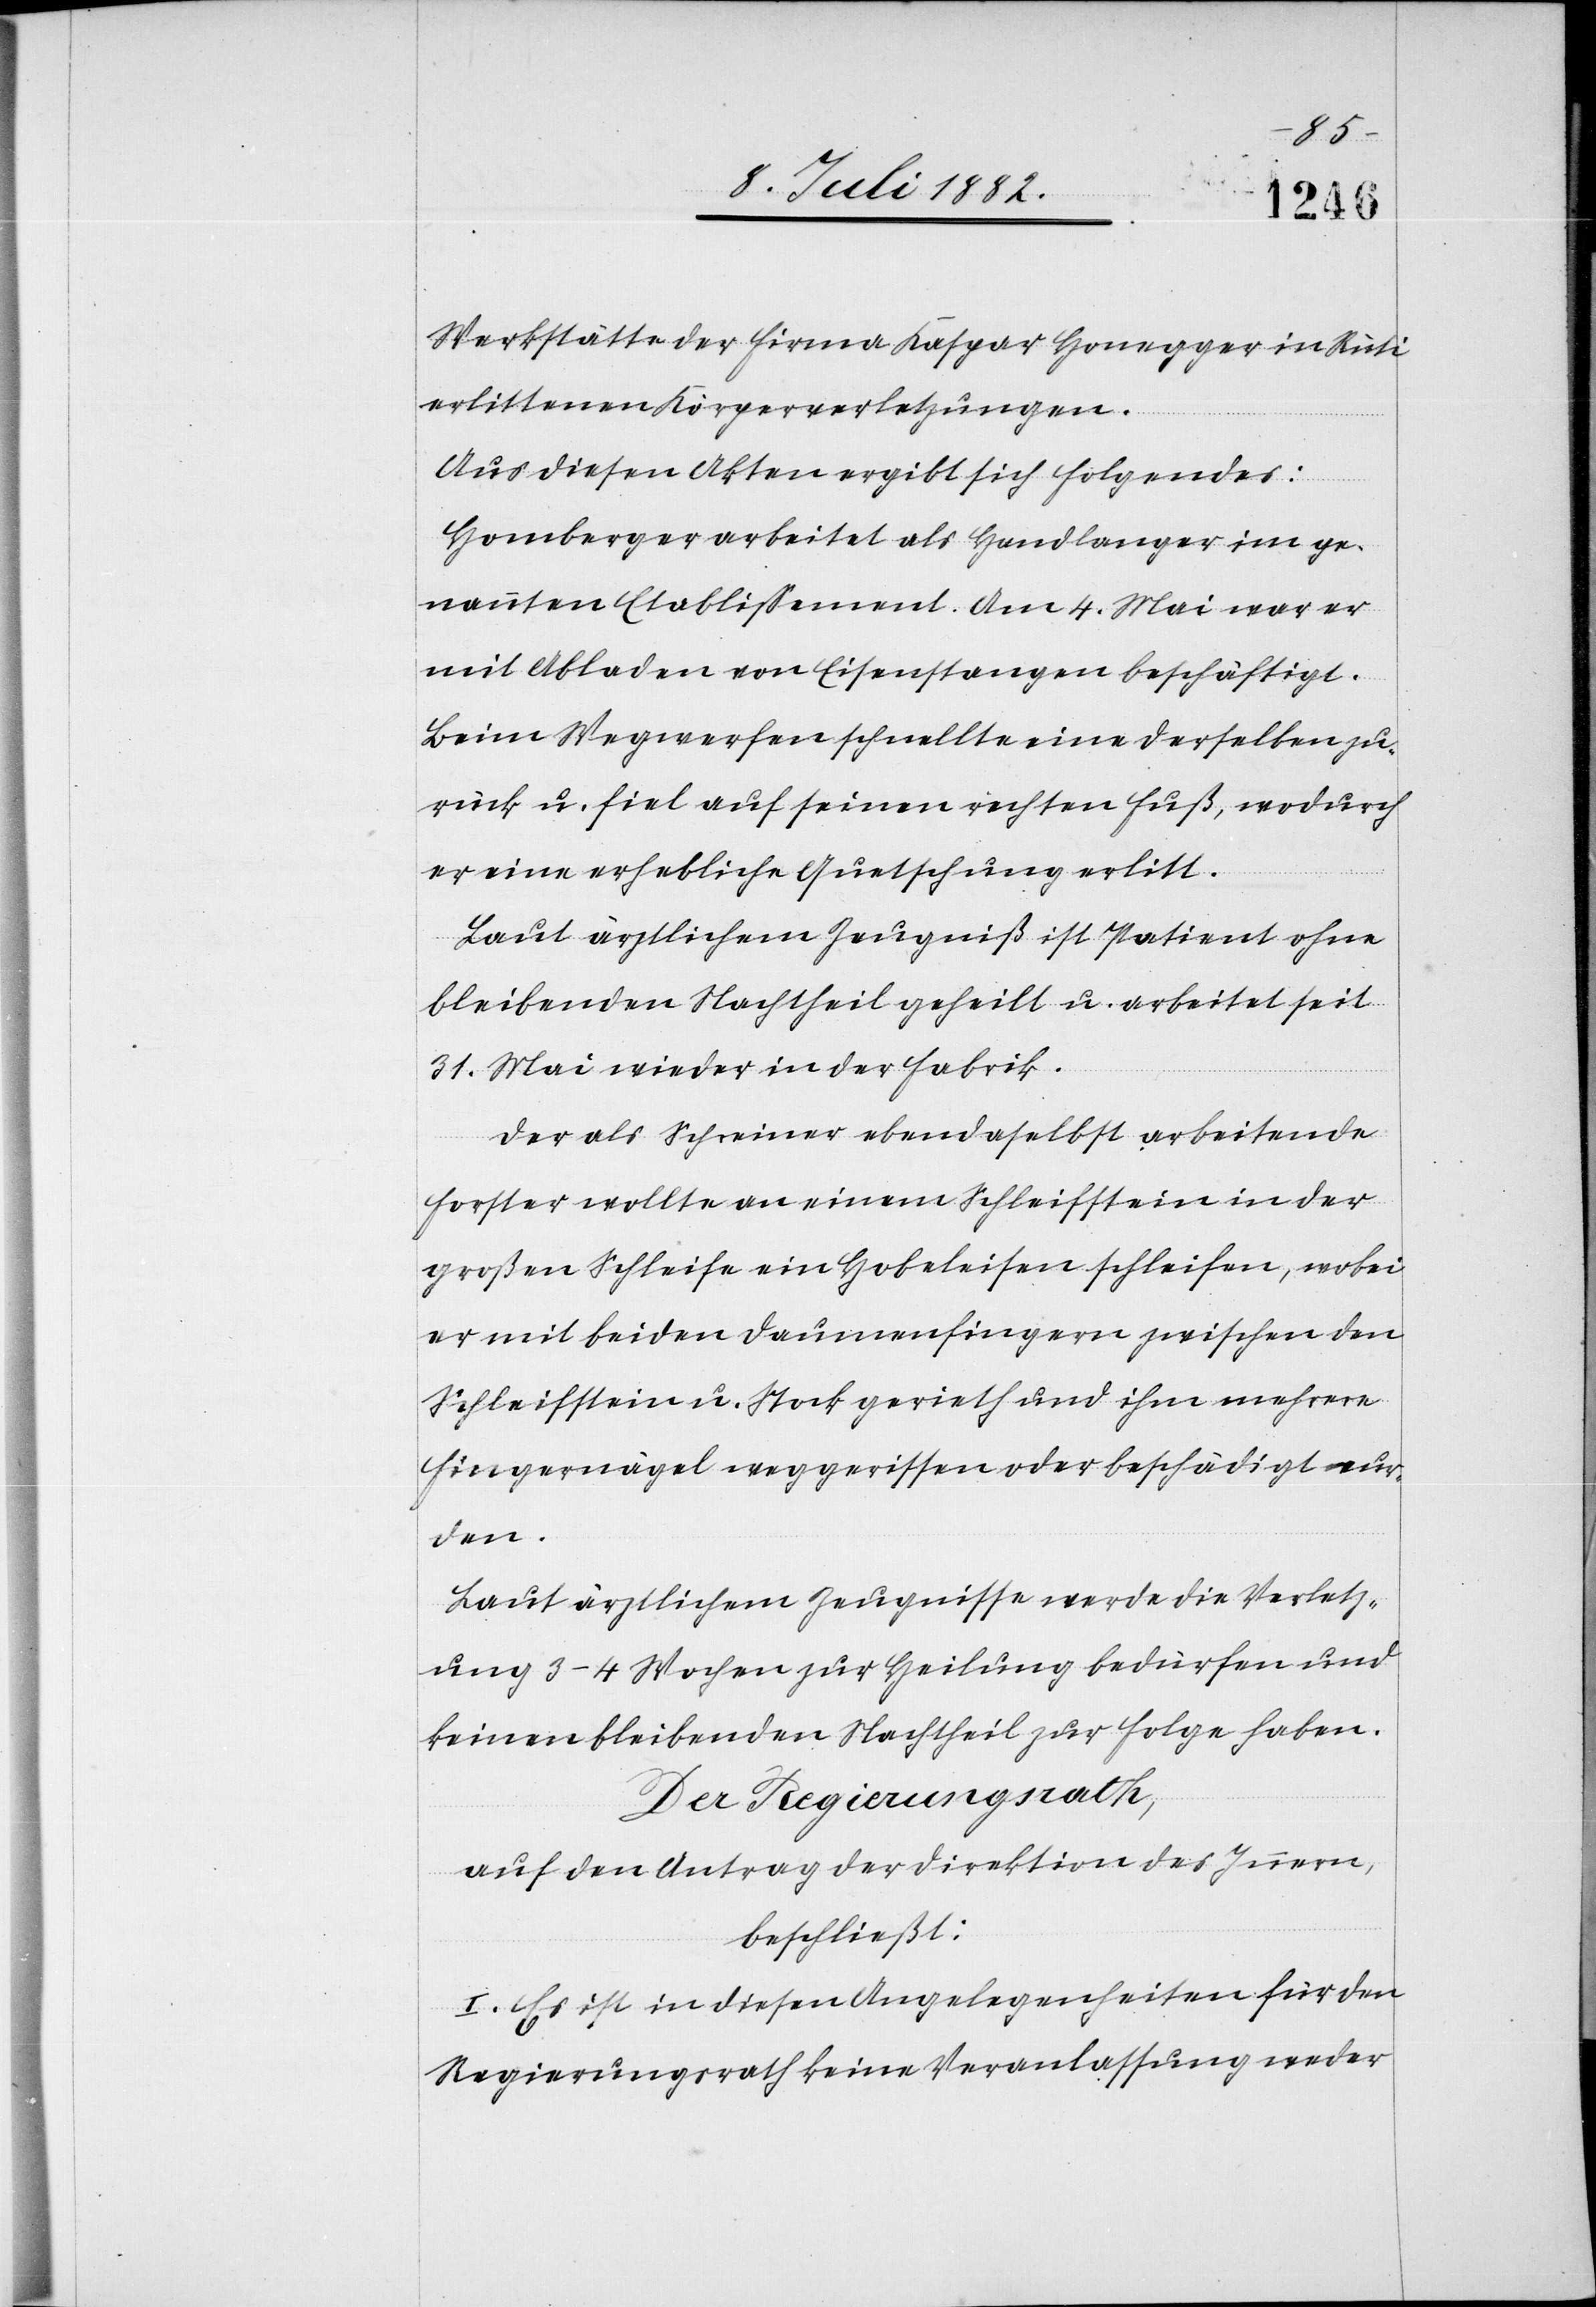
Werkstätte der Firma Kaspar Honegger in Rüti
erlittenen Körperverletzungen.
Aus diesen Akten ergibt sich Folgendes:
Homberger arbeitet als Handlanger im ge¬
nannten Etablissement. Am 4. Mai war er
mit Abladen von Eisenstangen beschäftigt.
Beim Wegwerfen schnellte eine derselben zu¬
rück u. fiel auf seinen rechten Fuß, wodurch
er eine erhebliche Quetschung erlitt.
Laut ärztlichem Zeugniß ist Patient ohne
bleibenden Nachtheil geheilt & arbeitet seit
31. Mai wieder in der Fabrik.
Der als Schreiner ebendaselbst arbeitende
Forster wollte an einem Schleifstein in der
großen Schleife ein Hobeleisen schleifen, wobei
er mit beiden Daumenfingern zwischen den
Schleifstein u. Stock gerieth und ihm mehrere
Fingernägel weggerissen oder beschädigt wur¬
den.
Laut ärztlichem Zeugnisse werde die Verletz¬
ung 3–4 Wochen zur Heilung bedürfen und
keinen bleibenden Nachtheil zur Folge haben.
Der Regierungsrath,
auf den Antrag der Direktion des Innern,
beschließt:
I. Es ist in diesen Angelegenheiten für den
Regierungsrath keine Veranlassung weder